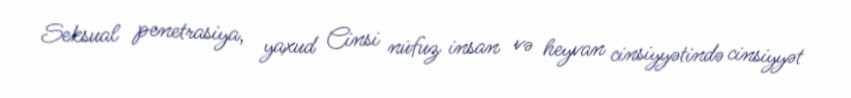
Seksual penetrasiya, yaxud Cinsi nüfuz insan və heyvan cinsiyyətində cinsiyyət